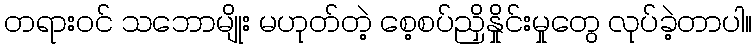
တရားဝင် သဘောမျိုး မဟုတ်တဲ့ စေ့စပ်ညှိနှိုင်းမှုတွေ လုပ်ခဲ့တာပါ။